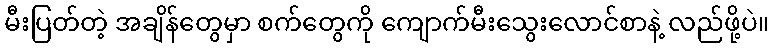
မီးပြတ်တဲ့ အချိန်တွေမှာ စက်တွေကို ကျောက်မီးသွေးလောင်စာနဲ့ လည်ဖို့ပဲ။